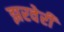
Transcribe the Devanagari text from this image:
झरवेरी